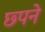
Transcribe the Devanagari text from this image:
छ्पने